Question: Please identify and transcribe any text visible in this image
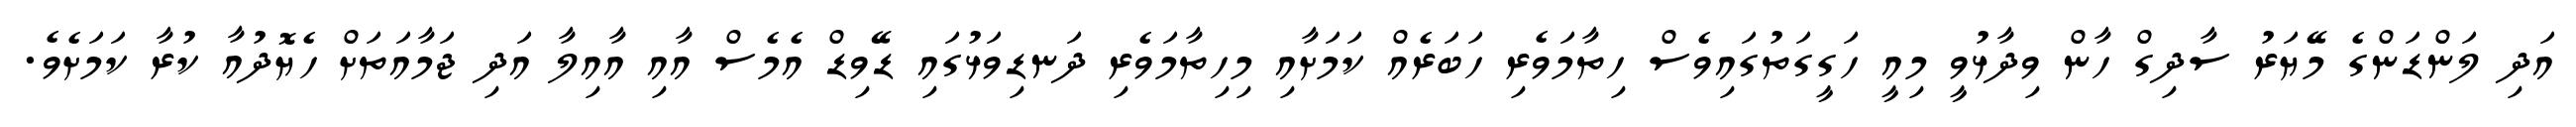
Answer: އަދި ލަންޑަންގެ މޭޔަރު ސާދިގް ހާން ވިދާޅުވީ މިއީ ހަގީގަތުގައިވެސް ހިތާމަވެރި ހަބަރެއް ކަމަށާއި މިހިތާމަވެރި ދަނޑިވަޅުގައި ޑޭވިޑް އެމެސް އާއި އާއިލާ އަދި ޖަމާއަތަށް ހެޔޮދުއާ ކުރާ ކަމަށެވެ.